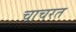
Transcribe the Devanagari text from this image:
चाचरत